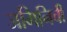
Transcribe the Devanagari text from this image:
जमिनिची